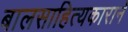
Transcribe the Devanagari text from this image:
बालसाहित्यकाराने